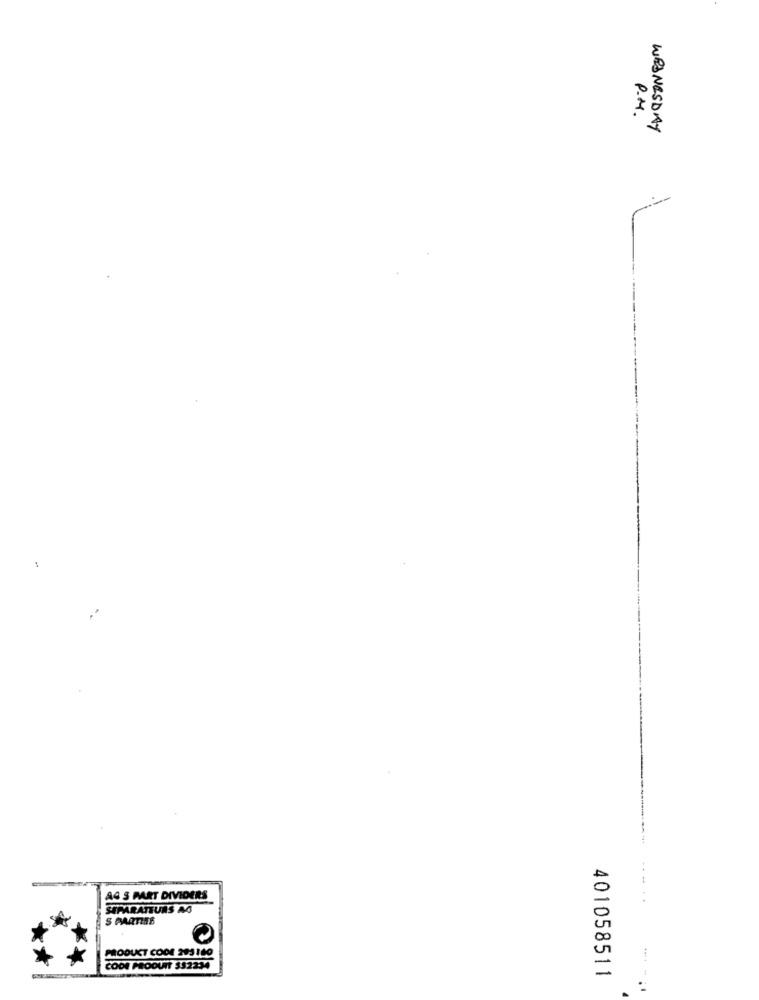
P.M.
WEDNESDAY
A4 S PART DIVIDERS
-..
SEPARATTURS AG
S PARTIRE
PRODUCT CODE 295160
CODE PRODUIT $$2234
401058511